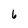
Character: 6